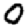
Digit: 0